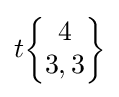
t{\begin{Bmatrix}4\\3,3\end{Bmatrix}}